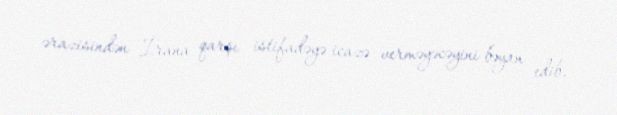
ərazisindən İrana qarşı istifadəyə icazə verməyəcəyini bəyan edib.